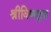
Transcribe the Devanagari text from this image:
श्रीविष्णूला